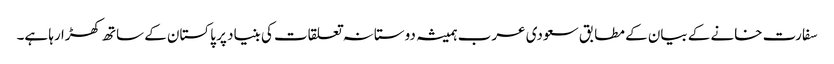
سفارت خانے کے بیان کے مطابق سعودی عرب ہمیشہ دوستانہ تعلقات کی بنیاد پر پاکستان کے ساتھ کھڑا رہا ہے۔